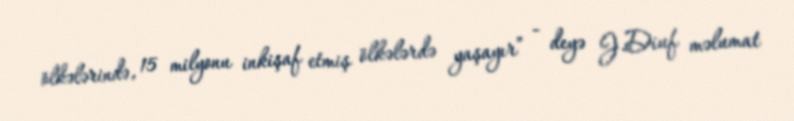
ölkələrində, 15 milyonu inkişaf etmiş ölkələrdə yaşayır” - deyə J.Diuf məlumat